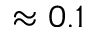
\approx 0 . 1